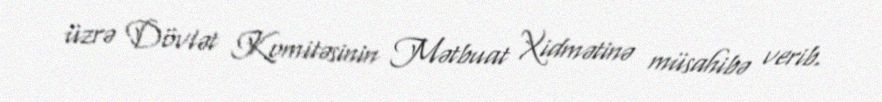
üzrə Dövlət Komitəsinin Mətbuat Xidmətinə müsahibə verib.